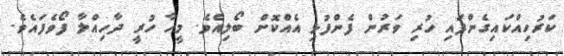
ކަރުހިއްކައިގެންފައި ހުރި ވަރުން ފެންފުޅި އެއްކޮށް ބޯލިއެވެ. މީހާ ހުރީ ދާހިއްލާ ފޯވެފައެވެ.